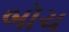
બૉચ